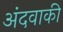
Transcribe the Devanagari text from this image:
अंदवाकी